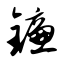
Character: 镰